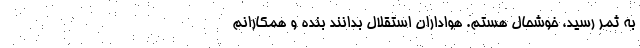
به ثمر رسید، خوشحال هستم. هواداران استقلال بدانند بنده و همکارانم